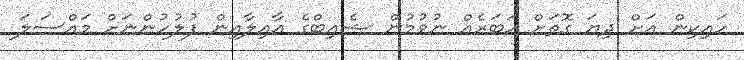
ހައިކިން އަށް ދިޔަ ގޮތަށް ހަބަރެއް ނުވުމުން ޝެއިބްގެ އާއިލާއިން ފުލުހުންނަށް މައްސަލަ